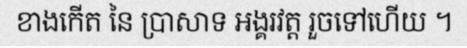
ខាងកើត នៃ ប្រាសាទ អង្គរវត្ត រួចទៅហើយ ។